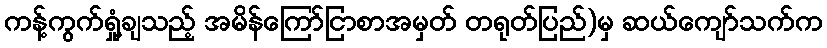
ကန့်ကွက်ရှုံ့ချသည့် အမိန်ကြော်ငြာစာအမှတ် တရုတ်ပြည်)မှ ဆယ်ကျော်သက်က